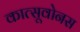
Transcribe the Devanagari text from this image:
कात्सूवोनस